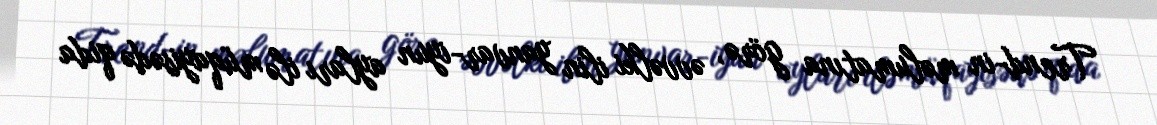
Trend-in məlumatına görə, əvvəlki ilin yanvar-iyun ayları ilə müqayisədə qida